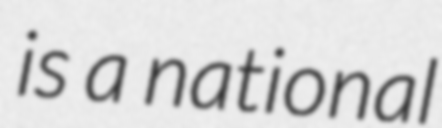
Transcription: is a national